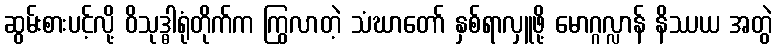
ဆွမ်းစားပင့်လို့ ဝိသုဒ္ဓါရုံတိုက်က ကြွလာတဲ့ သံဃာတော် နှစ်ရာလှူဖို့ မောဂ္ဂလ္လာန် နိဿယ အတွဲ